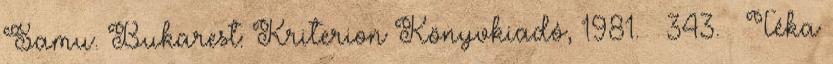
Samu. Bukarest: Kriterion Könyvkiadó, 1981. – 343. – Téka